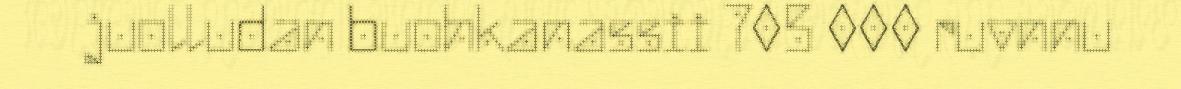
juolludan buohkanassii 705 000 ruvnnu